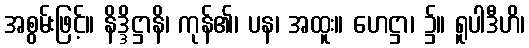
အစွမ်းဖြင့်။ နိဒ္ဒိဋ္ဌာနိ၊ ကုန်၏၊ ပန၊ အထူး။ ဟေဋ္ဌာ၊ ၌။ ရူပါဒီဟိ၊